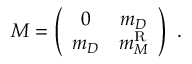
{ \cal { M } } = \left( \begin{array} { c c } { { 0 } } & { { m _ { D } } } \\ { { m _ { D } } } & { { m _ { M } ^ { \mathrm { R } } } } \end{array} \right) ~ .